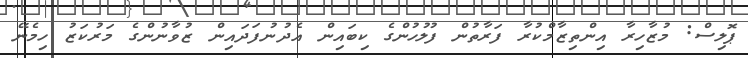
ޕޮލިސް: މުޒާހިރާ އިންތިޒާމްކުރާ ފަރާތުުން ފުލުހުންގެ ކިބައިން އެދުނުފަދައިން ޒުވާނުންގެ މަރުކަޒު ހިމެނޭ